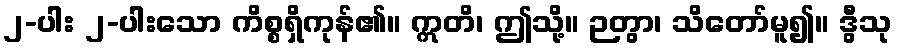
၂-ပါး ၂-ပါးသော ကိစ္စရှိကုန်၏။ ဣတိ၊ ဤသို့။ ဉတွာ၊ သိတော်မူ၍။ ဒွီသု